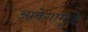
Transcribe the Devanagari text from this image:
आवेगामुळे